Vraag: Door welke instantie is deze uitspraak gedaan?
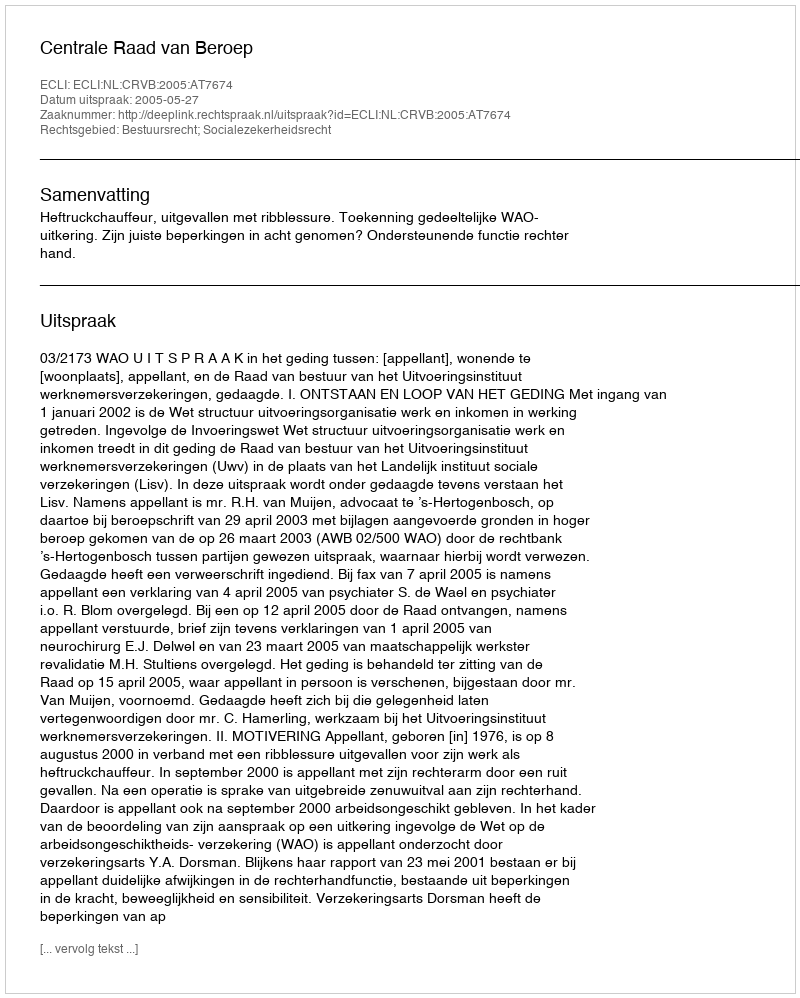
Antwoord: Centrale Raad van Beroep